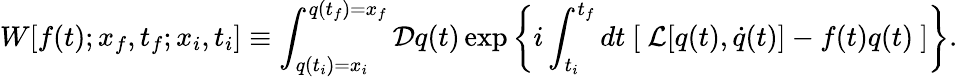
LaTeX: W[f(t);x_{f},t_{f};x_{i},t_{i}]\equiv\int_{q(t_{i})=x_{i}}^{q(t_{f})=x_{f}}{\cal D}q(t)\exp\left\{ i\int_{t_{i}}^{t_{f}}dt\ [\ {\cal L}[q(t),\dot{q}(t)]-f(t)q(t)\ ]\right\} .